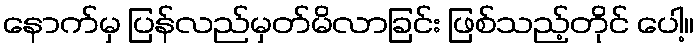
နောက်မှ ပြန်လည်မှတ်မိလာခြင်း ဖြစ်သည့်တိုင် ပေါ့။